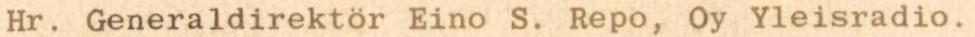
Hr. Generaldirektör Eino S. Repo, Oy Yleisradio.